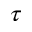
\tau